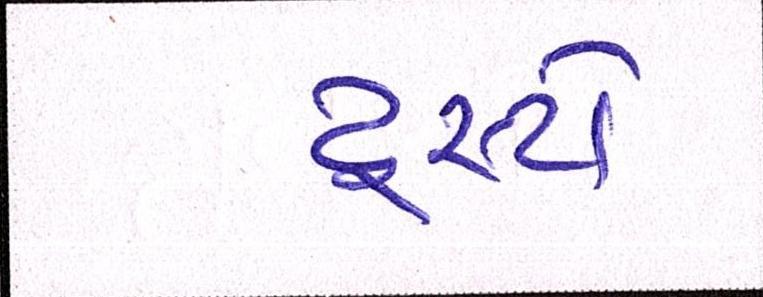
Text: ટ્રસ્ટો